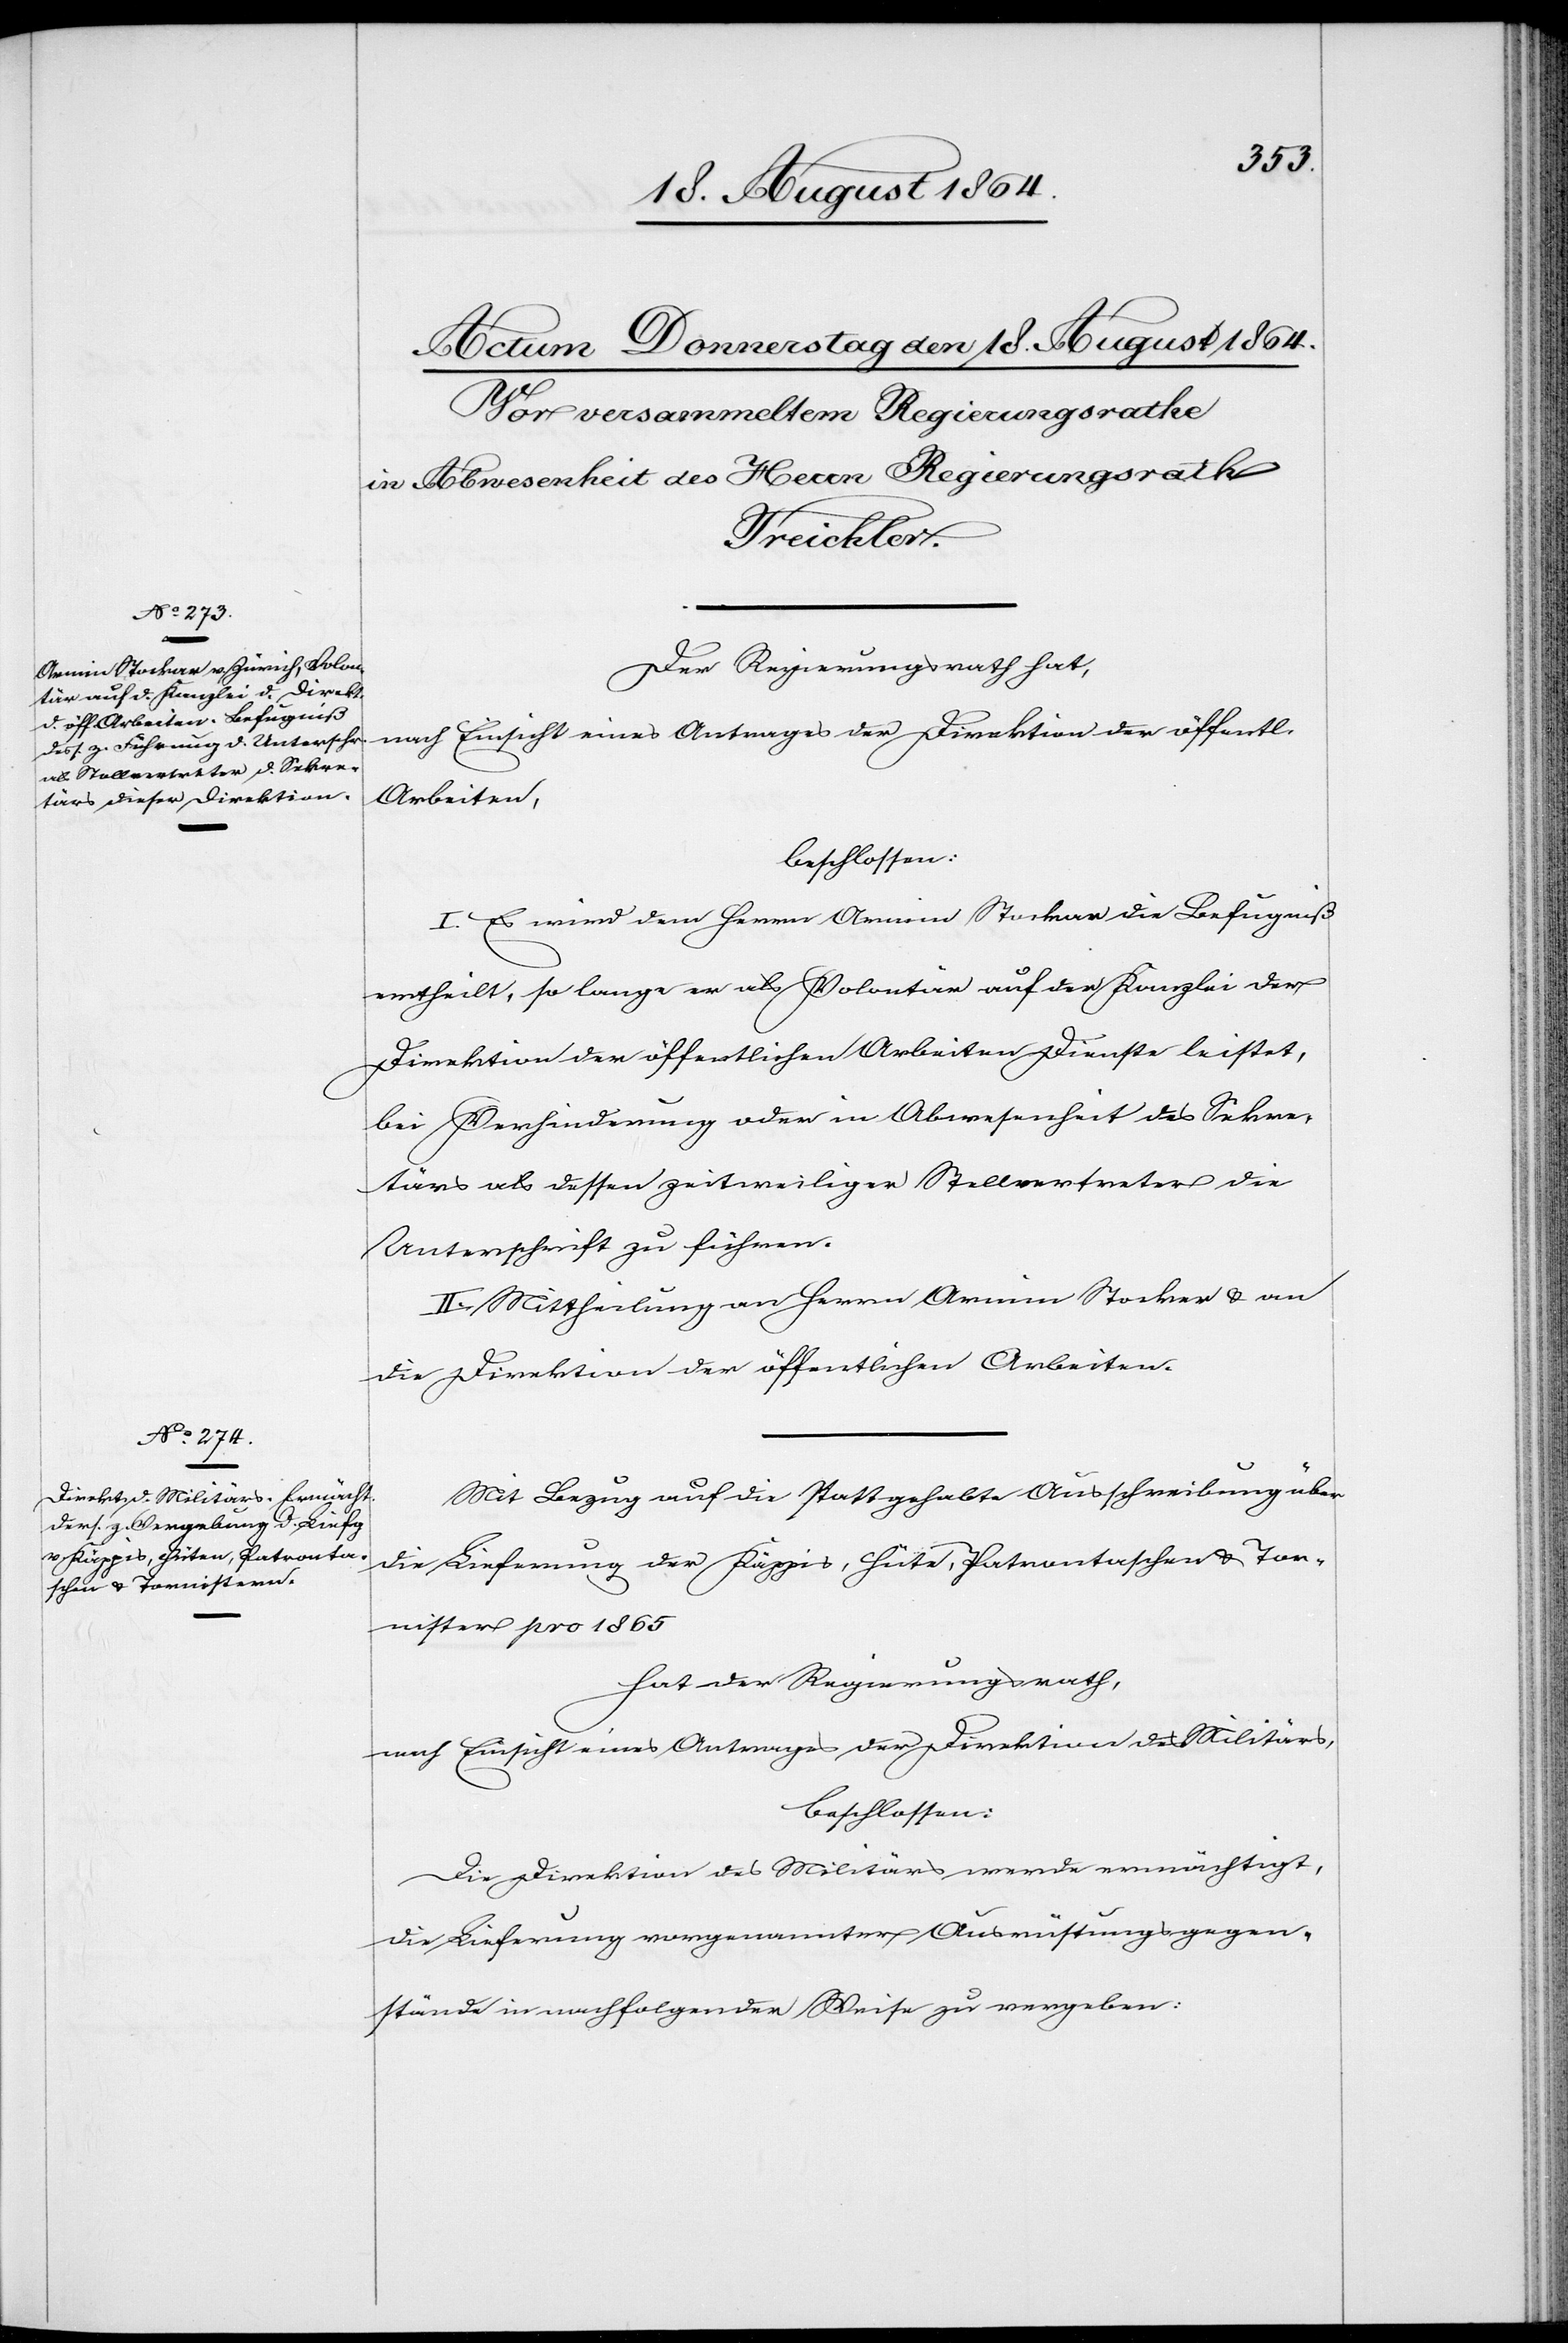
Der Regierungsrath hat
nach Einsicht eines Antrages der Direktion der öffentl.
Arbeiten,
beschlossen:
I. Es wird dem Herrn Armin Stockar die Befugniß
ertheilt, so lange er als Volontär auf der Kanzlei der
Direktion der öffentlichen Arbeiten Dienste leistet,
bei Verhinderung oder in Abwesenheit des Sekre¬
tärs als dessen zeitweiliger Stellvertreter die
Unterschrift zu führen.
II. Mittheilung an Herrn Armin Stockar & an
die Direktion der öffentlichen Arbeiten.
Mit Bezug auf die stattgehabte Ausschreibung über
die Lieferung der Käppis, Hüte, Patrontaschen & Tor¬
nister pro 1865
hat der Regierungsrath,
nach Einsicht eines Antrages der Direktion des Militärs,
beschlossen:
Die Direktion des Militärs werde ermächtigt,
die Lieferung vorgenannter Ausrüstungsgegen¬
stände in nachfolgender Weise zu vergeben: